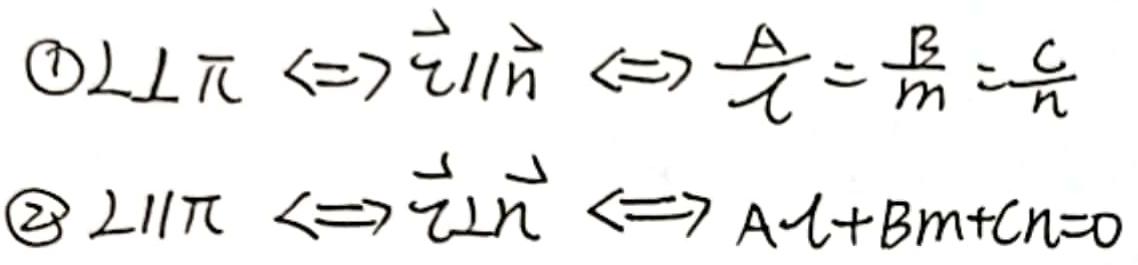
\[
\begin{align*}
&\textcircled{1}L\perp\pi\Leftrightarrow\vec{v}\parallel\vec{n}\Leftrightarrow\frac{A}{l}=\frac{B}{m}=\frac{C}{n}\\
&\textcircled{2}L\parallel\pi\Leftrightarrow\vec{v}\perp\vec{n}\Leftrightarrow Al + Bm + Cn = 0
\end{align*}
\]